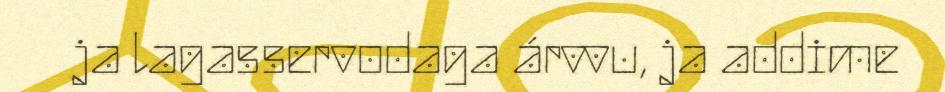
ja lagasservodaga árvvu, ja addime